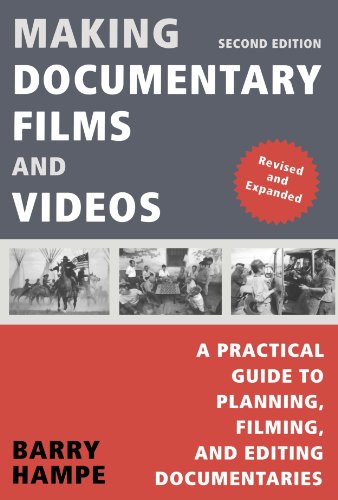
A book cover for Making Documentary Films and Videos: A Practical Guide to Planning, Filming, and Editing Documentaries; Barry Hampe; Humor & Entertainment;